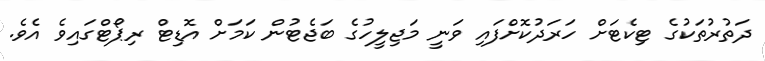
ދަތުރުތަކުގެ ޓިކެޓަށް ހަރަދުކޮށްފައި ވަނީ މަޖިލީހުގެ ބަޖެޓުން ކަމަށް އޮޑިޓް ރިޕޯޓްގައިވެ އެވެ.